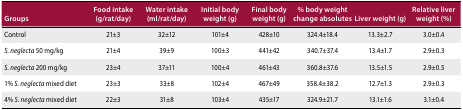
| Groups | Food intake (g/rat/day) | Water intake (ml/rat/day) | Initial body weight (g) | Final body weight (g) | % body weight change absolutes | Liver weight (g) | Relative liver weight (%) |
 | --- | --- | --- | --- | --- | --- | --- | --- |
 | Control | 21±3 | 32±12 | 101±4 | 428±10 | 324.4±18.4 | 13.3±2.7 | 3.0±0.4 |
 | S. neglecta 50 mg/kg | 21±4 | 39±9 | 100±3 | 441±42 | 340.7±37.4 | 13.4±1.7 | 2.9±0.3 |
 | S. neglecta 200 mg/kg | 23±4 | 37±11 | 100±4 | 461±43 | 360.8±37.6 | 13.5±1.5 | 2.9±0.5 |
 | 1% S. neglecta mixed diet | 23±3 | 33±8 | 102±4 | 467±49 | 358.4±38.2 | 12.7±1.3 | 2.9±0.3 |
 | 4% S. neglecta mixed diet | 22±3 | 31±8 | 103±4 | 435±17 | 324.9±21.7 | 13.1±1.6 | 3.1±0.4 |